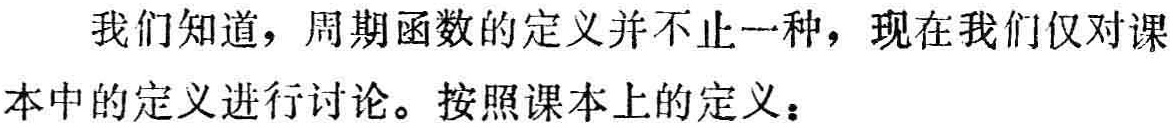
我们知道，周期函数的定义并不止一种，现在我们仅对课本中的定义进行讨论。按照课本上的定义：